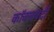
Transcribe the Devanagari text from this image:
कॉक्सवर्दी